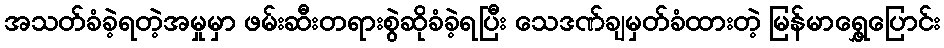
အသတ်ခံခဲ့ရတဲ့အမှုမှာ ဖမ်းဆီးတရားစွဲဆိုခံခဲ့ရပြီး သေဒဏ်ချမှတ်ခံထားတဲ့ မြန်မာရွှေ့ပြောင်း